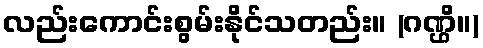
လည်းကောင်းစွမ်းနိုင်သတည်း။ (ဂဏ္ဌိ။)